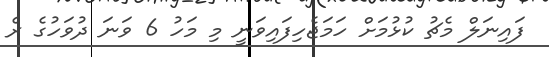
ފައިނަލް މެޗު ކުޅުމަށް ހަމަޖެހިފައިވަނީ މި މަހު 6 ވަނަ ދުވަހުގެ ރެ